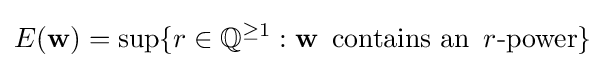
E(\mathbf {w} )=\sup\{r\in \mathbb {Q} ^{\geq 1}:\mathbf {w} \,{\text{ contains an }}\,r{\text{-power}}\}